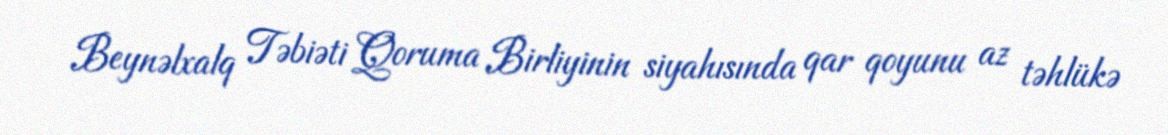
Beynəlxalq Təbiəti Qoruma Birliyinin siyahısında qar qoyunu az təhlükə